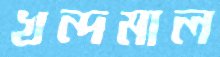
খন্দমাল